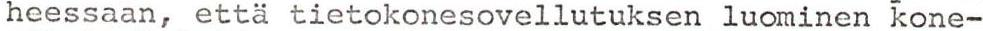
heessaan, että tietokonesovellutuksen luominen kone-